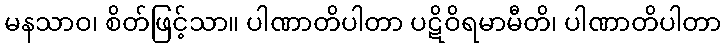
မနသာဝ၊ စိတ်ဖြင့်သာ။ ပါဏာတိပါတာ ပဋိဝိရမာမီတိ၊ ပါဏာတိပါတာ